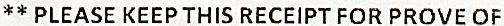
** PLEASE KEEP THIS RECEIPT FOR PROVE OF